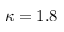
\kappa = 1 . 8